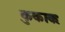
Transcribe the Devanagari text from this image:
कुकाकः